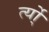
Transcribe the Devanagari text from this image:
र्त्यो्